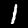
Digit: 1